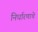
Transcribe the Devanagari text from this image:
निर्धारणाचे